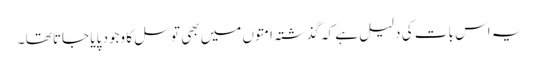
یہ اس بات کی دلیل ہے کہ گذشتہ امتوں میں بھی توسل کا وجود پایا جاتا تھا ۔